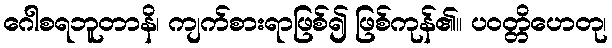
ဂေါစရဘူတာနိ၊ ကျက်စားရာဖြစ်၍ ဖြစ်ကုန်၏။ ပဝတ္တိဟေတု၊